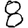
Digit: 8